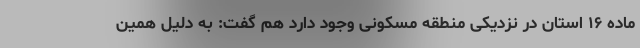
ماده ۱۶ استان در نزدیکی منطقه مسکونی وجود دارد هم گفت: به دلیل همین